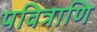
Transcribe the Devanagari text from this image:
पवित्राणि